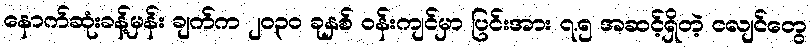
နောက်ဆုံးခန့်မှန်း ချက်က ၂၀၃၀ ခုနှစ် ဝန်းကျင်မှာ ပြင်းအား ၇.၅ အဆင့်ရှိတဲ့ ငလျင်တွေ